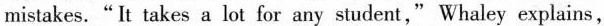
mistakes. "It takes a lot for any student."Whaley explains,